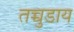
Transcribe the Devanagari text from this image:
तच्चुडाय